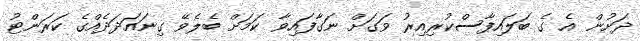
ދަށުން އެ ގެ ބަލައިފާސްކުރިއިރު ވަގަށް ނަގާފައިވާ ކަމަށް ބެލެވޭ ގިނައަދަދެއްގެ ކަރަންޓު